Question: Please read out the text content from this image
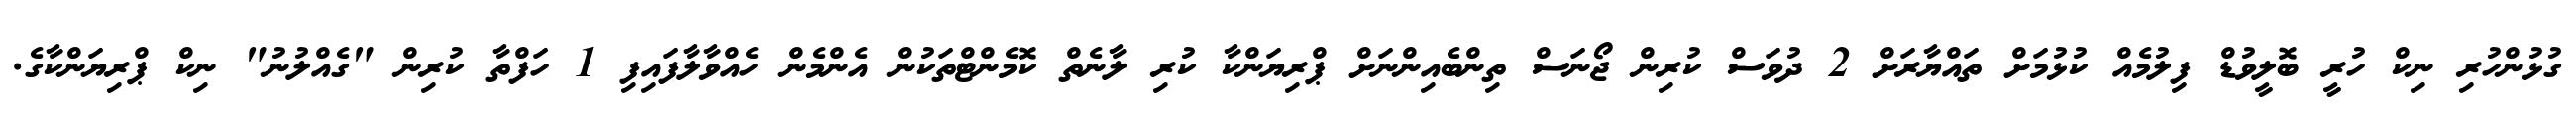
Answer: ގުޅުންހުރި ނިކް ހުރީ ބޮލީވުޑް ފިލުމެއް ކުޅުމަށް ތައްޔާރަށް 2 ދުވަސް ކުރިން ޖޯނަސް ތިންބެއިންނަށް ޕްރިޔަންކާ ކުރި ލާނެތް ކޮމެންޓްތަކުން އެންމެން ހެއްވާލާފައިފި 1 ހަފްތާ ކުރިން "ގެއްލުނު" ނިކް ޕްރިޔަންކާގެ.